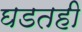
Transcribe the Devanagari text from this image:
घडतही